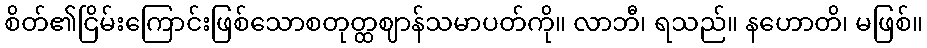
စိတ်၏ငြိမ်းကြောင်းဖြစ်သောစတုတ္ထဈာန်သမာပတ်ကို။ လာဘီ၊ ရသည်။ နဟောတိ၊ မဖြစ်။